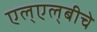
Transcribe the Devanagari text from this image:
एल्‌एल्‌बीचे